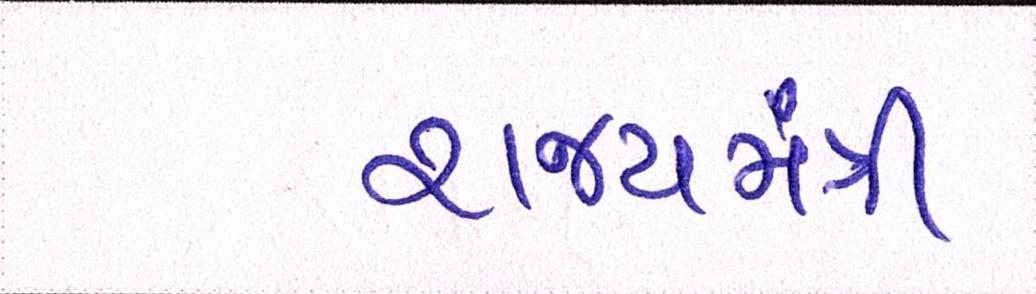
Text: રાજ્યમંત્રી